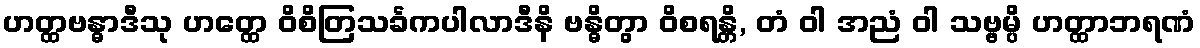
ဟတ္ထဗန္ဓာဒီသု ဟတ္ထေ ဝိစိတြသင်္ခကပါလာဒီနိ ဗန္ဓိတွာ ဝိစရန္တိ, တံ ဝါ အညံ ဝါ သဗ္ဗမ္ပိ ဟတ္ထာဘရဏံ